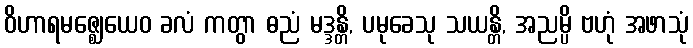
ဝိဟာရမဇ္ဈေယေဝ ခလံ ကတွာ ဓညံ မဒ္ဒန္တိ, ပမုခေသု သယန္တိ, အညမ္ပိ ဗဟုံ အဖာသုံ